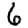
Digit: 6